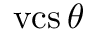
\operatorname { v c s } \theta